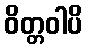
ဝိတ္တဝါပိ